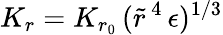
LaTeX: K_{r}=K_{r_{0}}\, (\tilde{r}^{\, 4}\, \epsilon)^{1/3}